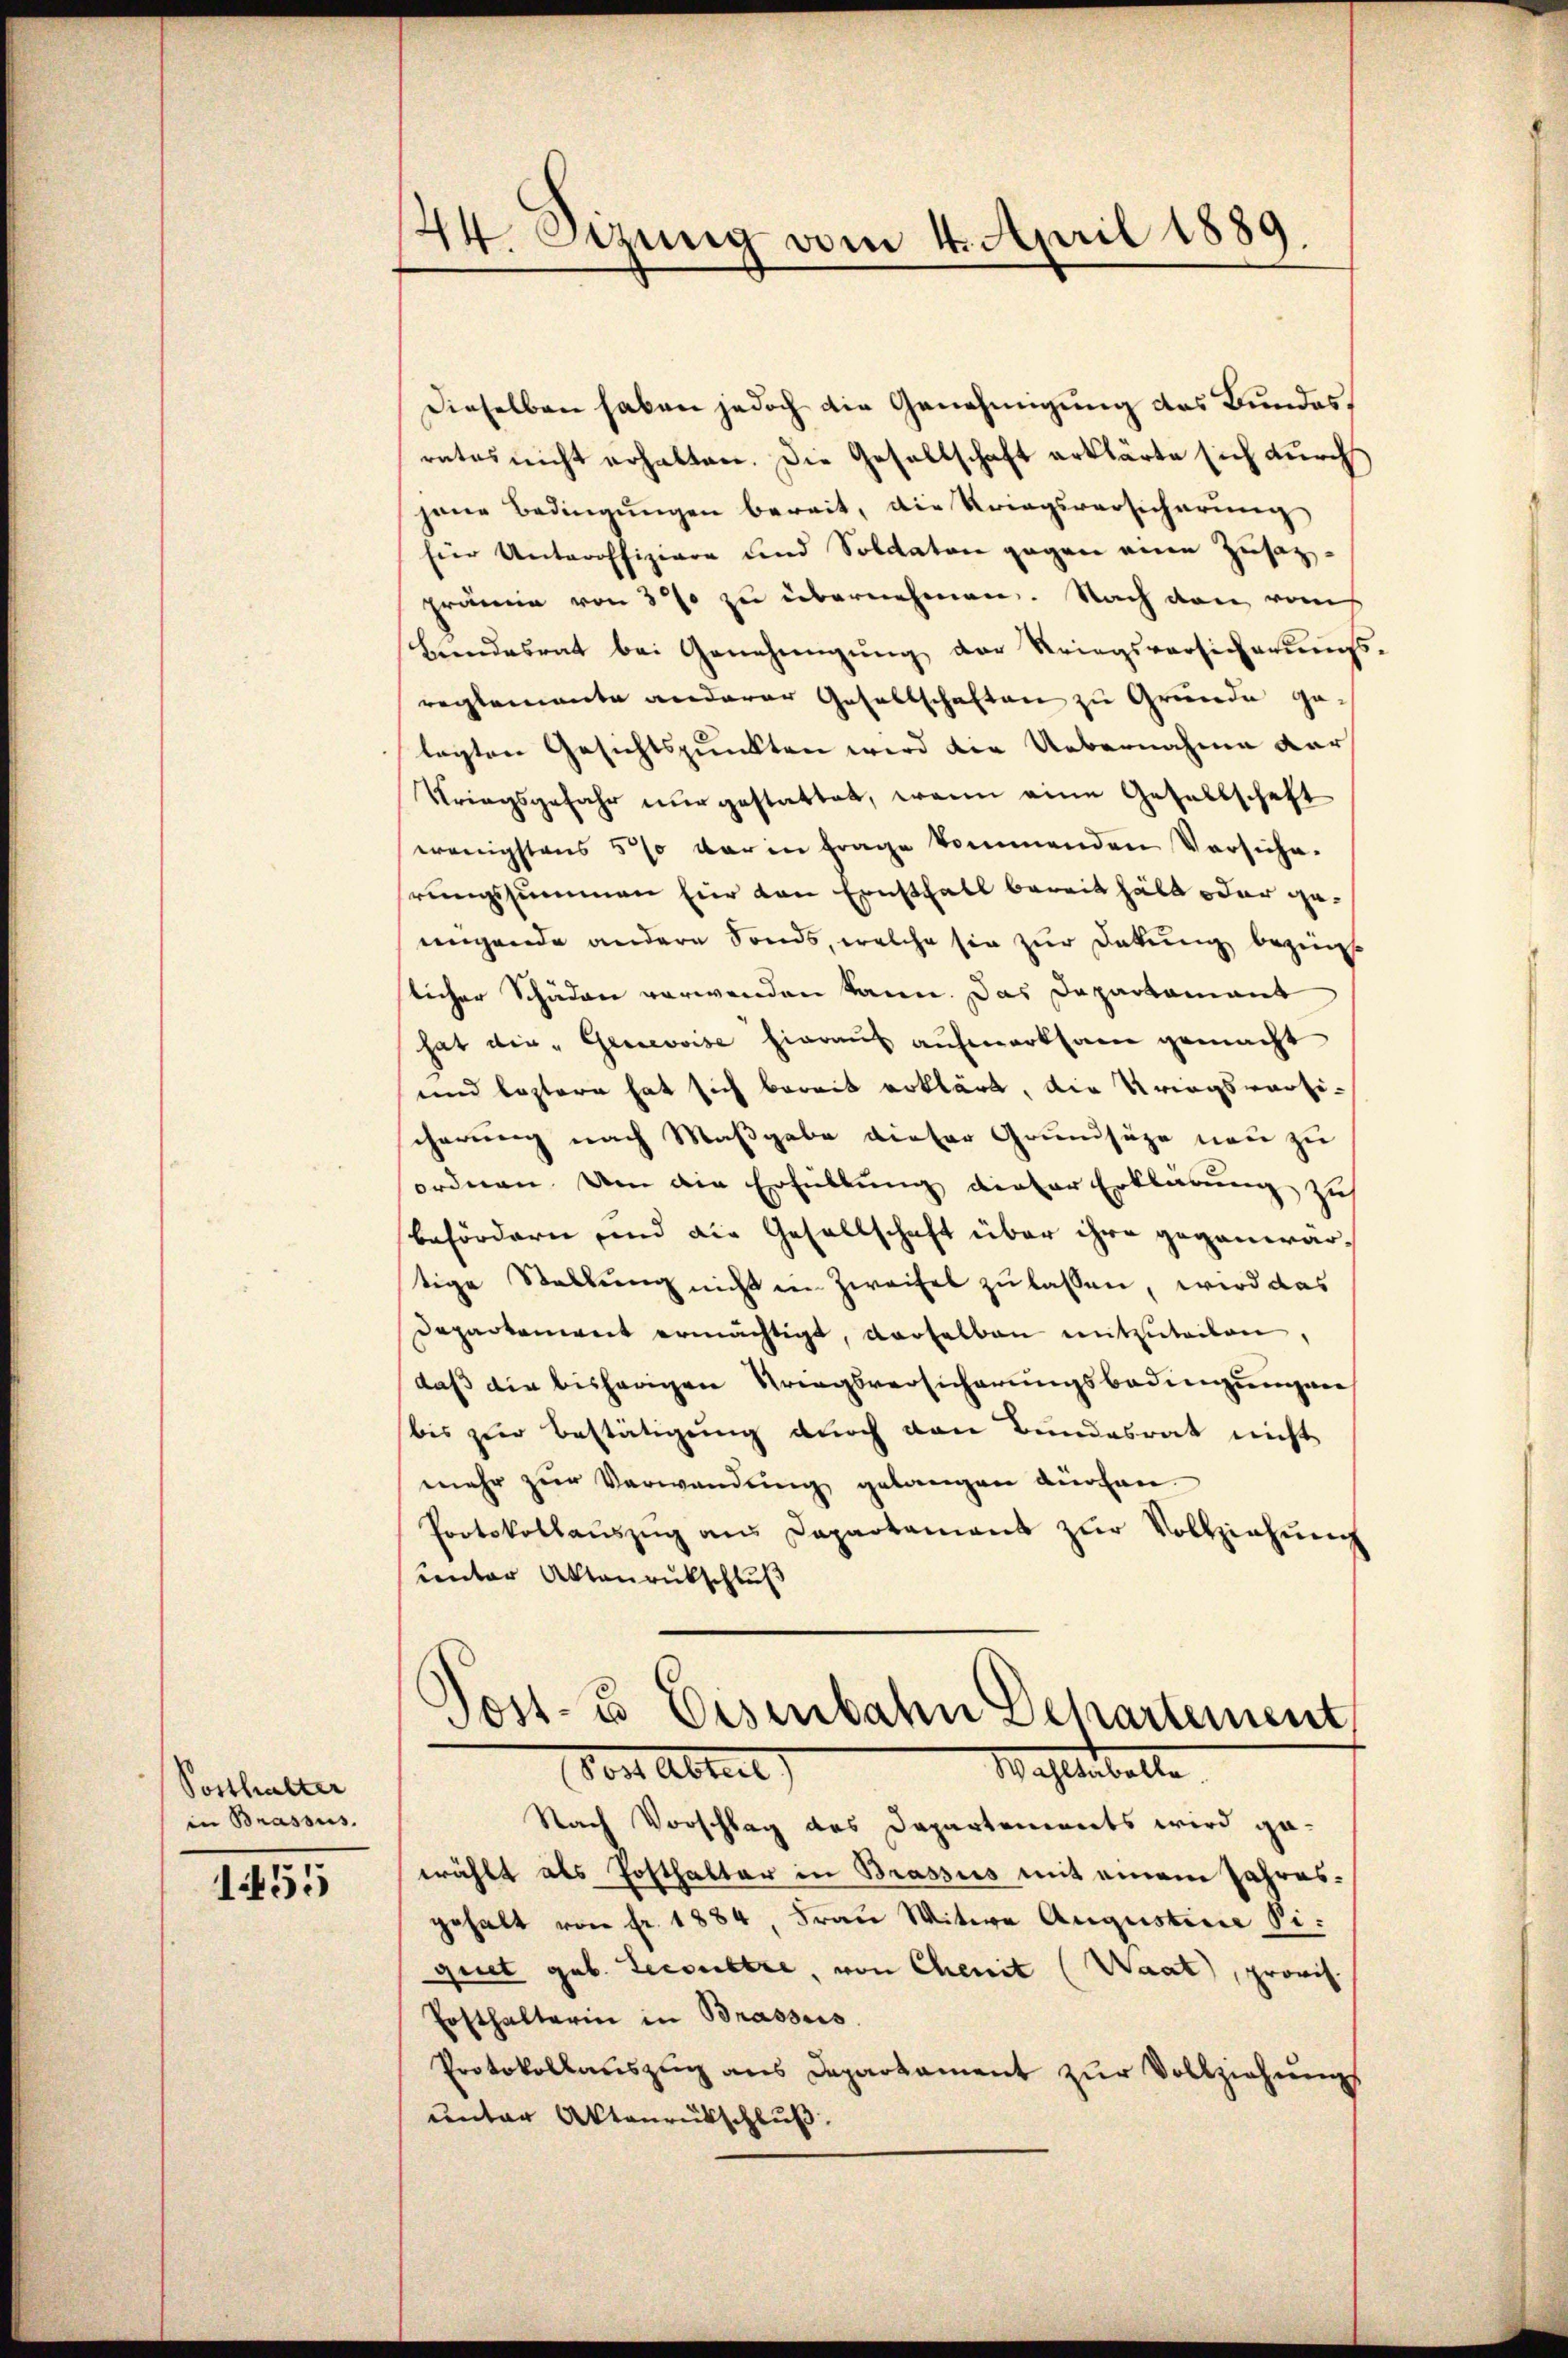
Posthalter
in Brassus.

1455

44. Szung vom 4. April 1889

Dieselben haben jedoch die Genehmigung des Bundes,
rates nicht erhalten. Die Gesellschaft erklärte sich durch
jene Bedingungen bereit, die Kriegsversicherung
Eier Unteroffiziere und Soldaten gegen ein Zusatzprämie von 3% zu übernehmen. Nach den vom
Brandesrat bei Genehmigŭng der Kriegsversicherŭngs-
reglemente anderer Gesellschaften zu Grunde gelagten Gesichtspunkten wird die Uebernahme dar
Kriegsgefahr nur gestattet, wenn eine Gesellschaft
wenigstens 5 % der in frage kommenden Versiche-
hrungssummen für den Ernsthall bereit hält oder geeingende andere Sonds, welche sie zur Dakung bezing
licher Schäden verwenden kann. Das Dapartamant
hat die - Genevoise hieraus aufmerksam gemacht
und leztere hat sich bereit erklärt, die Kriegswärticherung nach Maßgabe dieser Grundsätze neu zu
ordnen. Um die Erfüllung dieser Erklärung zus
befördern und die Gesellschaft über ihre gegenwärtige Stellŭng nicht ein Zweifel zu lassen, wird das
departement ermächtigt, derselben mitzuteilen,
daß die bisherigen Kriegsversicherungsbedingungen
bis zur Bestätigung durch den Bundesrat nicht
mehr zur Verwendung gelangen dürfen.
Protokollaŭszŭg ans Departament zŭr Vollziehŭng
unter Akteurukschluß
Post- u Eisenbahn Departement

Mahlenballe
vor Abteil

Nach Vorschlag des Departements wird gewählt als Posthalter in Brassus mit einem Jahresgehalt von fr. 1884, Frau Witwe Augustine Siquet geb. Teconstre, von Chenit (Waat), provis
Ersthalterin in Brasses.
Protokollauszug aus Departament zur Vollziehungs
unter Aktenrückschluß